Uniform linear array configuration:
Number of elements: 16
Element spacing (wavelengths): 0.75
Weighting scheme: hamming
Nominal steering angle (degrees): -60
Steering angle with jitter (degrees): -59.267
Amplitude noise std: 0.05
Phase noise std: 0.05

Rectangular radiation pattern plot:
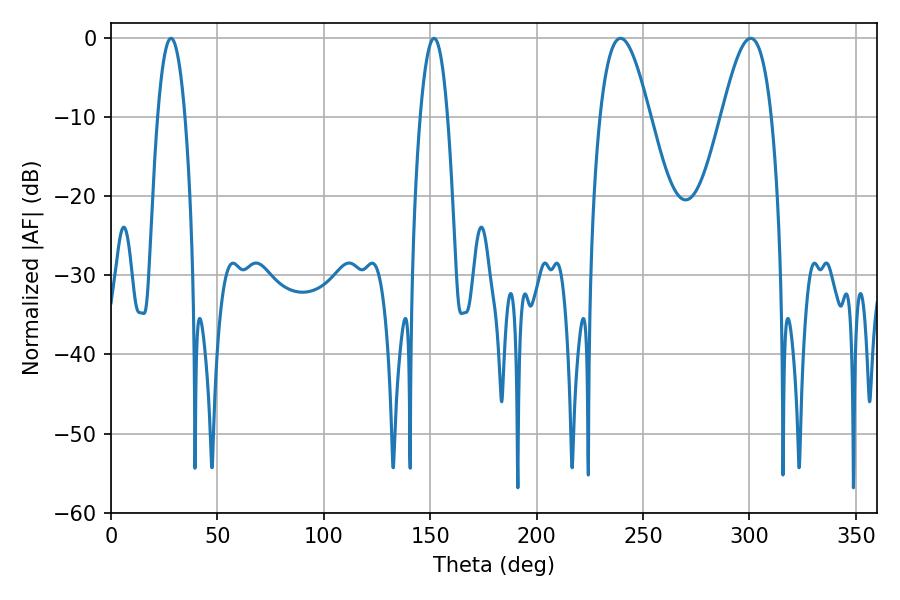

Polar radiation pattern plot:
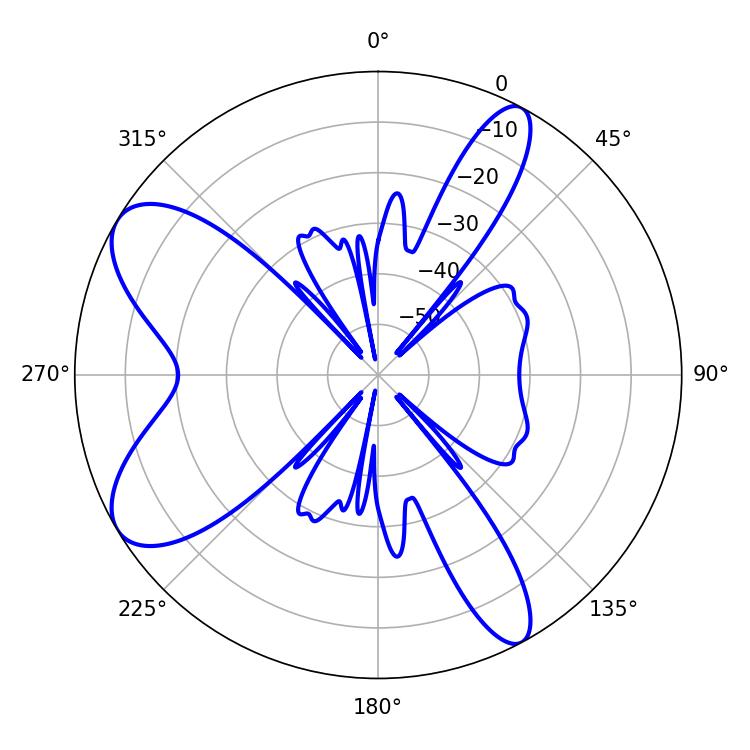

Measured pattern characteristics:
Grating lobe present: TRUE
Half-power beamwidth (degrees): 12.78
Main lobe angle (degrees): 239.4